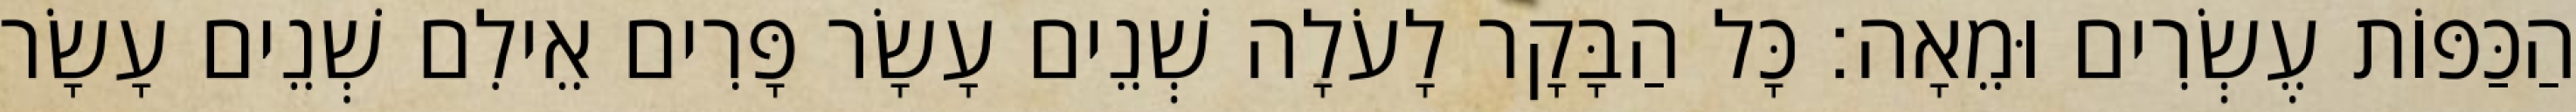
הַכַּפּוֹת עֶשְׂרִים וּמֵאָה׃ כָּל הַבָּקָר לָעֹלָה שְׁנֵים עָשָׂר פָּרִים אֵילִם שְׁנֵים עָשָׂר